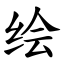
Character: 绘